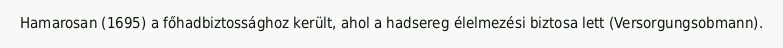
Hamarosan (1695) a főhadbiztossághoz került, ahol a hadsereg élelmezési biztosa lett (Versorgungsobmann).